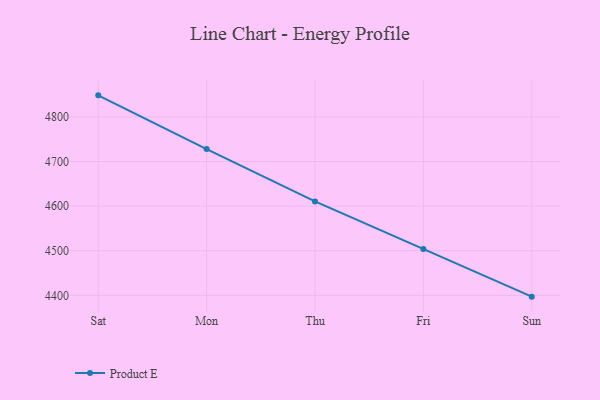
{"axis": {"x": "Day", "y": "Satisfaction Score"}, "legend": ["Product E"], "data": [{"x": "Sat", "y": 4848.3, "type": "Product E"}, {"x": "Mon", "y": 4727.9, "type": "Product E"}, {"x": "Thu", "y": 4610.5, "type": "Product E"}, {"x": "Fri", "y": 4504.1, "type": "Product E"}, {"x": "Sun", "y": 4397.1, "type": "Product E"}]}